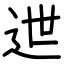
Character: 迣